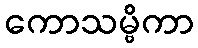
ကောသမ္ဗိကာ